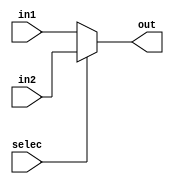
module mux32bitMips(
							input selec,
							input [31:0]in1,
							input [31:0]in2,
							output reg [31:0]out);
    

always @ (*)
	begin
	if (selec)
		out = in2;
	else 
		out = in1;
	end
endmodule